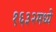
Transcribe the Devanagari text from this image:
१६३२मध्ये